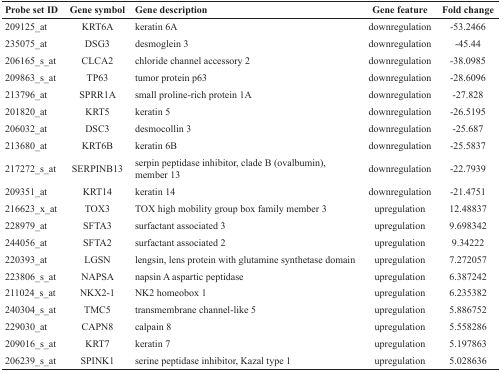
<table><thead><tr><td><b>Probe set ID</b></td><td><b>Gene symbol</b></td><td><b>Gene description</b></td><td><b>Gene feature</b></td><td><b>Fold change</b></td></tr></thead><tbody><tr><td>209125_at</td><td>KRT6A</td><td>keratin 6A</td><td>downregulation</td><td>−53.2466</td></tr><tr><td>235075_at</td><td>DSG3</td><td>desmoglein 3</td><td>downregulation</td><td>−45.44</td></tr><tr><td>206165_s_at</td><td>CLCA2</td><td>chloride channel accessory 2</td><td>downregulation</td><td>−38.0985</td></tr><tr><td>209863_s_at</td><td>TP63</td><td>tumor protein p63</td><td>downregulation</td><td>−28.6096</td></tr><tr><td>213796_at</td><td>SPRR1A</td><td>small proline-rich protein 1A</td><td>downregulation</td><td>−27.828</td></tr><tr><td>201820_at</td><td>KRT5</td><td>keratin 5</td><td>downregulation</td><td>−26.5195</td></tr><tr><td>206032_at</td><td>DSC3</td><td>desmocollin 3</td><td>downregulation</td><td>−25.687</td></tr><tr><td>213680_at</td><td>KRT6B</td><td>keratin 6B</td><td>downregulation</td><td>−25.5837</td></tr><tr><td>217272_s_at</td><td>SERPINB13</td><td>serpin peptidase inhibitor, clade B (ovalbumin), member 13</td><td>downregulation</td><td>−22.7939</td></tr><tr><td>209351_at</td><td>KRT14</td><td>keratin 14</td><td>downregulation</td><td>−21.4751</td></tr><tr><td>216623_x_at</td><td>TOX3</td><td>TOX high mobility group box family member 3</td><td>upregulation</td><td>12.48837</td></tr><tr><td>228979_at</td><td>SFTA3</td><td>surfactant associated 3</td><td>upregulation</td><td>9.698342</td></tr><tr><td>244056_at</td><td>SFTA2</td><td>surfactant associated 2</td><td>upregulation</td><td>9.34222</td></tr><tr><td>220393_at</td><td>LGSN</td><td>lengsin, lens protein with glutamine synthetase domain</td><td>upregulation</td><td>7.272057</td></tr><tr><td>223806_s_at</td><td>NAPSA</td><td>napsin A aspartic peptidase</td><td>upregulation</td><td>6.387242</td></tr><tr><td>211024_s_at</td><td>NKX2-1</td><td>NK2 homeobox 1</td><td>upregulation</td><td>6.235382</td></tr><tr><td>240304_s_at</td><td>TMC5</td><td>transmembrane channel-like 5</td><td>upregulation</td><td>5.886752</td></tr><tr><td>229030_at</td><td>CAPN8</td><td>calpain 8</td><td>upregulation</td><td>5.558286</td></tr><tr><td>209016_s_at</td><td>KRT7</td><td>keratin 7</td><td>upregulation</td><td>5.197863</td></tr><tr><td>206239_s_at</td><td>SPINK1</td><td>serine peptidase inhibitor, Kazal type 1</td><td>upregulation</td><td>5.028636</td></tr></tbody></table>